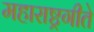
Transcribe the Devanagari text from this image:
महाराष्ट्रगीते